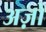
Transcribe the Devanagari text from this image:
अज़ो